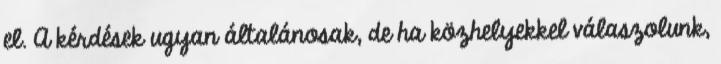
el. A kérdések ugyan általánosak, de ha közhelyekkel válaszolunk,